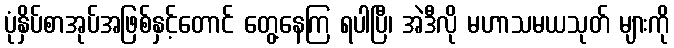
ပုံနှိပ်စာအုပ်အဖြစ်နှင့်တောင် တွေ့နေကြ ရပါပြီ၊ အဲဒီလို မဟာသမယသုတ် များကို